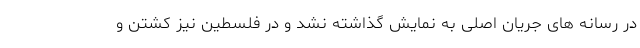
در رسانه های جریان اصلی به نمایش گذاشته نشد و در فلسطین نیز کشتن و